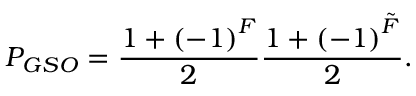
P _ { G S O } = \frac { 1 + \left( - 1 \right) ^ { F } } { 2 } \frac { 1 + \left( - 1 \right) ^ { \tilde { F } } } { 2 } .